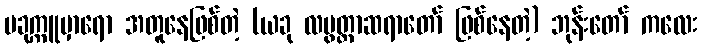
ပခုက္ကူမှာရော အတူနေဖြစ်တဲ့ (ယခု လပွတ္တာဆရာတော် ဖြစ်နေတဲ့) ဘုန်းတော် ကလေး